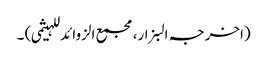
(اخرجہ البزار،مجمع الزوائد للہیثمی) ۔